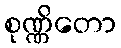
စုဏ္ဏိတော